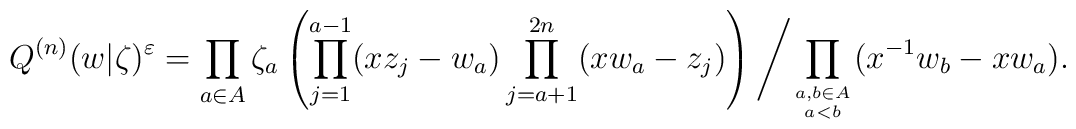
Q^{(n)}(w|\zeta )^{\varepsilon} =\prod_{a\in A} \zeta_a \left( \prod_{j=1}^{a-1} (xz_j -w_a )\prod_{j=a+1}^{2n} (xw_a -z_j ) \right) \left/ \prod_{a,b\in A\atop a<b} (x^{-1}w_b -xw_a ). \right.